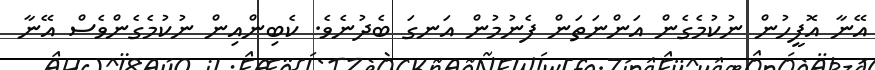
އޭނާ އޮފީހުން ނުކުމެގެން އަންނަތަން ފެނުމުން އަނގަ ބެދުނެވެ. ކެބިންއިން ނުކުމެގެންވެސް އޭނާ